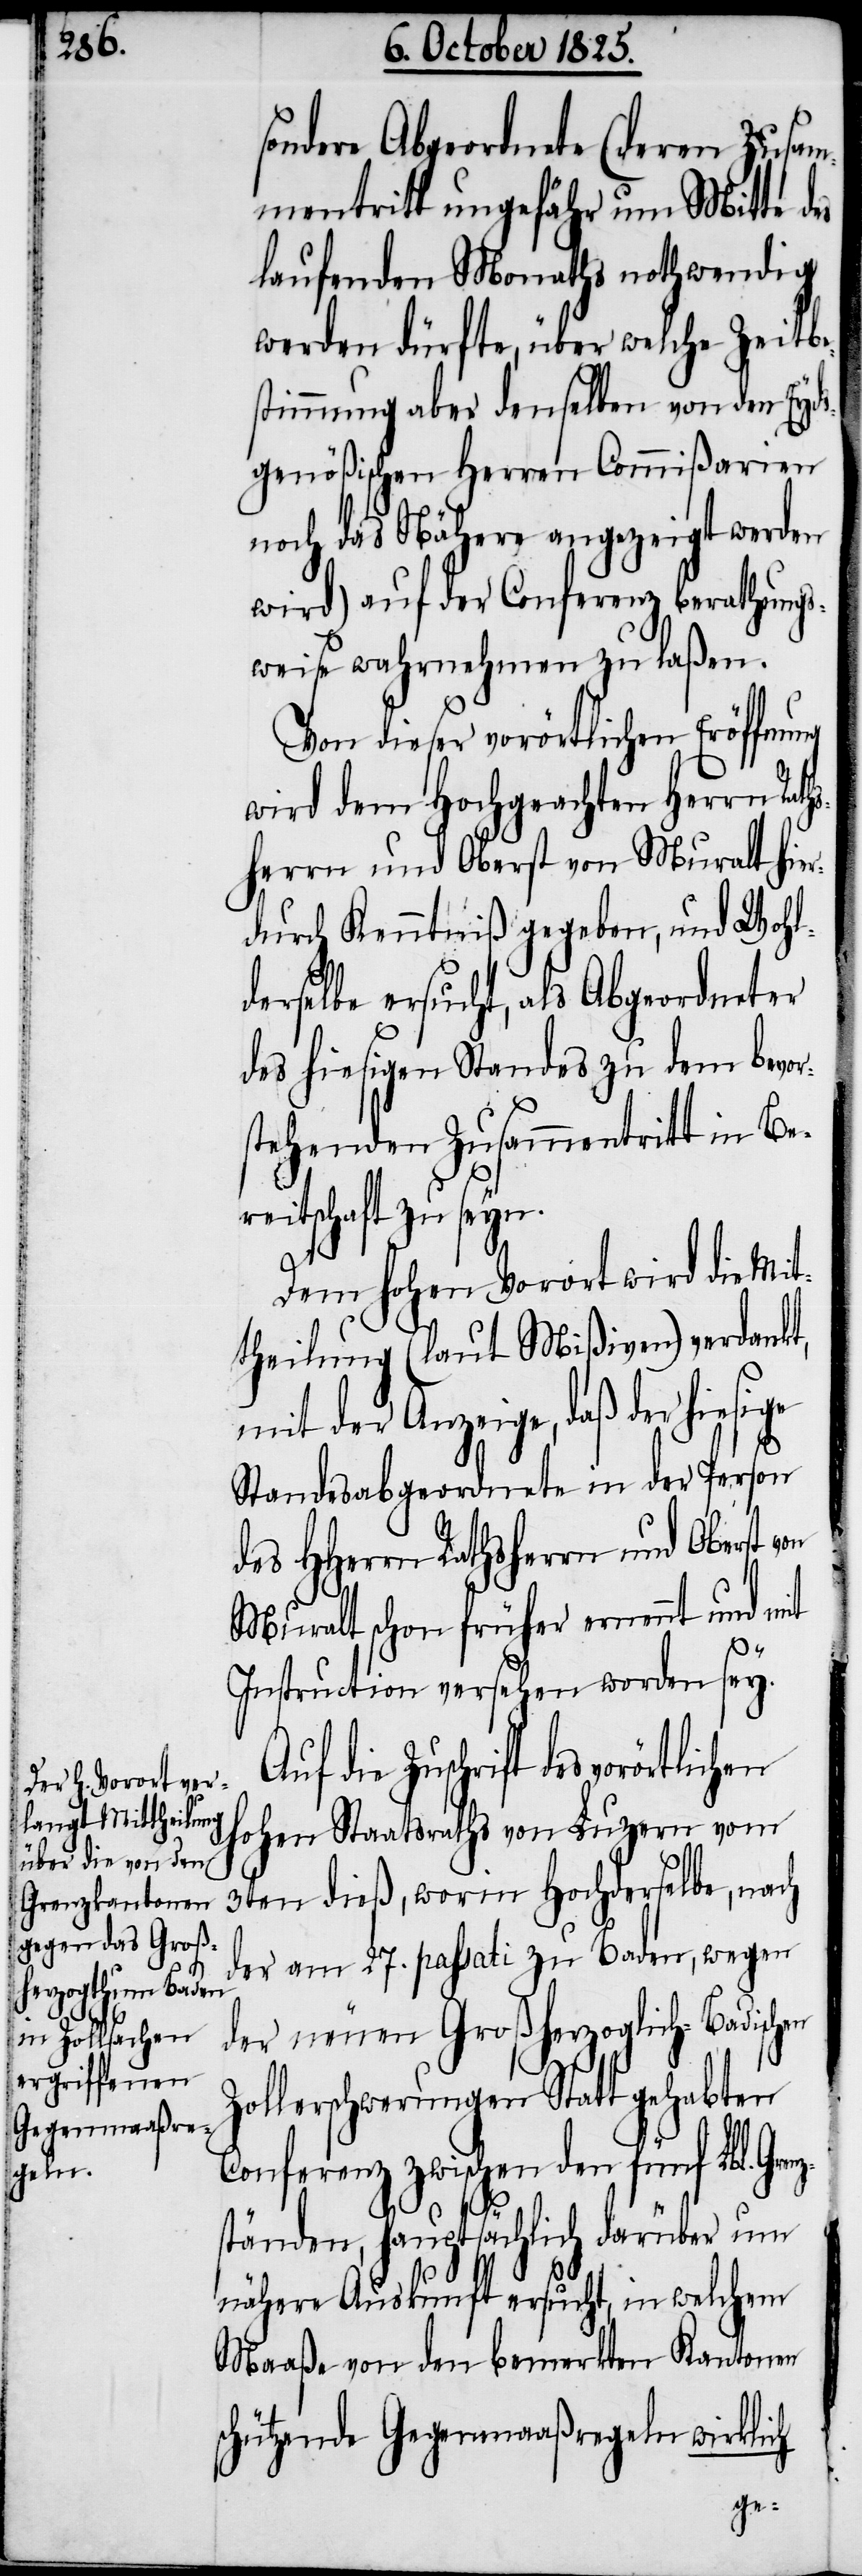
sondere Abgeordnete (deren Zusam¬
mentritt ungefähr um Mitte des
laufenden Monaths nothwendig
werden dürfte, über welche Zeitbe¬
stimmung aber denselben von dem Eyds¬
genößischen Herren Commißarien
noch das Nähere angezeigt werden
wird) auf der Conferenz berathungs¬
weise wahrnehmen zu laßen.
Von dieser vorörtlichen Eröffnung
wird dem Hochgeachten Herrn Rath¬
sherrn und Oberst von Muralt hier¬
durch Kenntniß gegeben, und Wohl¬
derselbe ersucht, als Abgeordneter
des hiesigen Standes zu dem bevor¬
stehenden Zusammentritt in Be¬
reitschaft zu seyn.
Dem hohen Vorort wird die Mit¬
theilung (laut Mißiven) verdankt,
mit der Anzeige, daß der hiesige
Standesabgeordnete in der Person
des HHerrn Rathsherrn und Oberst
Muralt schon früher ernennt und mit
Instruction versehen worden sey.
Zuschrift des vorörtlichen
hohen Staatsraths von Luzern vom
3ten dieß, worin Hochderselbe, nach
der am 27. passati zu Baden, wegen
der neuen Großherzoglich-Badischen
Zollerschwerungen Statt gehabten
Conferenz zwischen den fünf Lbl. Grenz¬
ständen, hauptsächlich darüber um
nähere Auskunft ersucht, in welchem
Maaße von den bemerkten Kantonen
schützende Gegenmaaßregeln wirklich